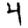
Digit: 4